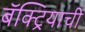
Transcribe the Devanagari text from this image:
बॅक्ट्रियाची